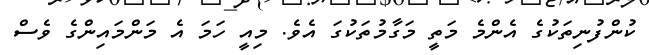
ކުންފުނިތަކުގެ އެންމެ މަތީ މަގާމުތަކުގަ އެވެ. މިއީ ހަމަ އެ މަންމައިންގެ ވެސް